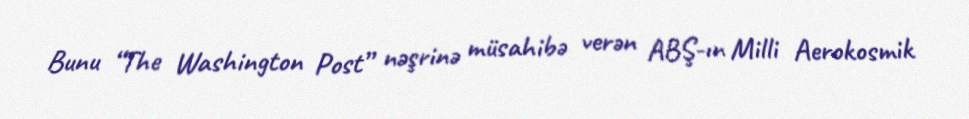
Bunu “The Washington Post” nəşrinə müsahibə verən ABŞ-ın Milli Aerokosmik